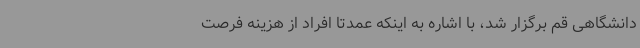
دانشگاهی قم برگزار شد، با اشاره به اینکه عمدتاً افراد از هزینه فرصت